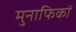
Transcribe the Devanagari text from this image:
मुनाफिकों